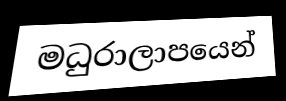
මධුරාලාපයෙන්